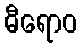
ဓီရောဝ